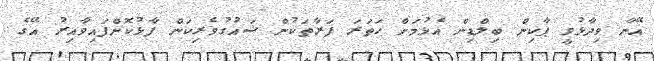
އޭނާ ވިދާޅުވީ ޕާކިން ބިލްޑިން އެޅުމަށް ހަތަރަ ފަރާތަކުން ޝައުގުވެރިކަން ފާޅުކޮށްފައިވާއިރު އޭގެ